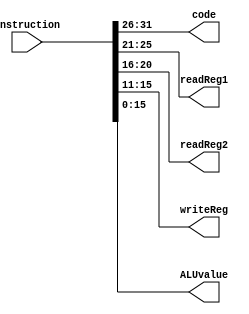
module InstructionDecoder (
  input wire [31:0] instruction,     // Sinal de entrada da instruo
  output wire [5:0] code,
  output wire [4:0] readReg1,        // Registrador de leitura 1
  output wire [4:0] readReg2,        // Registrador de leitura 2
  output wire [4:0] writeReg,         // Registrador de escrita
  output wire [15:0] ALUvalue
);

  reg [5:0] opcode;                  // Campo do opcode da instruo
  reg [4:0] rs, rt, rd;              // Campos dos registradores
  reg [15:0] value;

  assign code = opcode;
  assign readReg1 = rs;
  assign readReg2 = rt;
  assign writeReg = rd;
  assign ALUvalue = value;

  always @ (instruction) begin
    opcode = instruction[31:26];
    rs = instruction[25:21];
    rt = instruction[20:16];
    rd = instruction[15:11];
	 value = instruction [15:0];
  end

endmodule